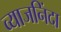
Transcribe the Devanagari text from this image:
व्याजनिंदा